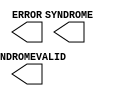
// This program was cloned from: https://github.com/jhshi/openofdm
// License: Apache License 2.0

// $Header: /devl/xcs/repo/env/Databases/CAEInterfaces/verunilibs/data/virtex4/FRAME_ECC_VIRTEX4.v,v 1.3 2004/03/31 22:39:42 patrickp Exp $
///////////////////////////////////////////////////////////////////////////////
// Copyright (c) 1995/2004 Xilinx, Inc.
// All Right Reserved.
///////////////////////////////////////////////////////////////////////////////
//   ____  ____
//  /   /\/   /
// /___/  \  /    Vendor : Xilinx
// \   \   \/     Version : 10.1
//  \   \         Description : Xilinx Functional Simulation Library Component
//  /   /                  
// /___/   /\     Filename : FRAME_ECC_VIRTEX4.v
// \   \  /  \    Timestamp : Thu Mar 25 16:43:44 PST 2004
//  \___\/\___\
//
// Revision:
//    03/23/04 - Initial version.

`timescale  1 ps / 1 ps

module FRAME_ECC_VIRTEX4 (ERROR, SYNDROME, SYNDROMEVALID);

    output ERROR;
    output [11:0] SYNDROME;
    output SYNDROMEVALID;
    
endmodule // FRAME_ECC_VIRTEX4